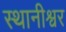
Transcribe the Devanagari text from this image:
स्थानीश्वर